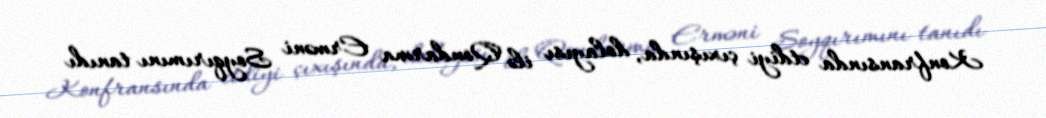
Konfransında etdiyi çıxışında, dolayısı ilə Qondarma Erməni Soyqırımını tanıdı